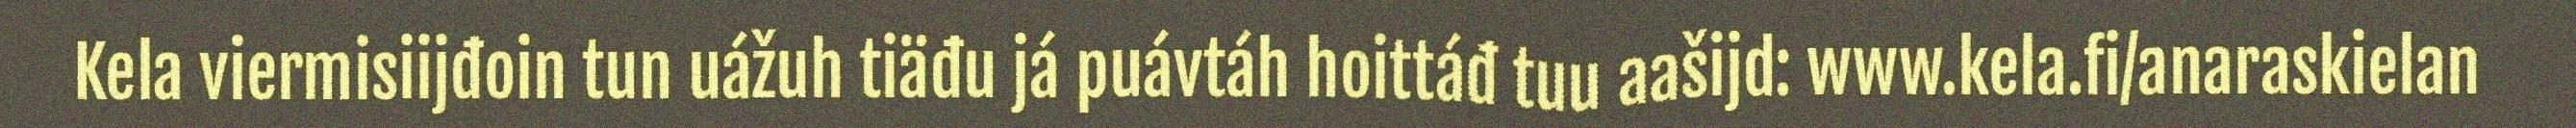
Kela viermisiijđoin tun uážuh tiäđu já puávtáh hoittáđ tuu aašijd: www.kela.fi/anaraskielan